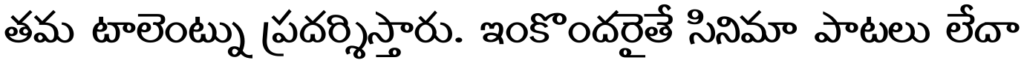
తమ టాలెంట్ను ప్రదర్శిస్తారు. ఇంకొందరైతే సినిమా పాటలు లేదా